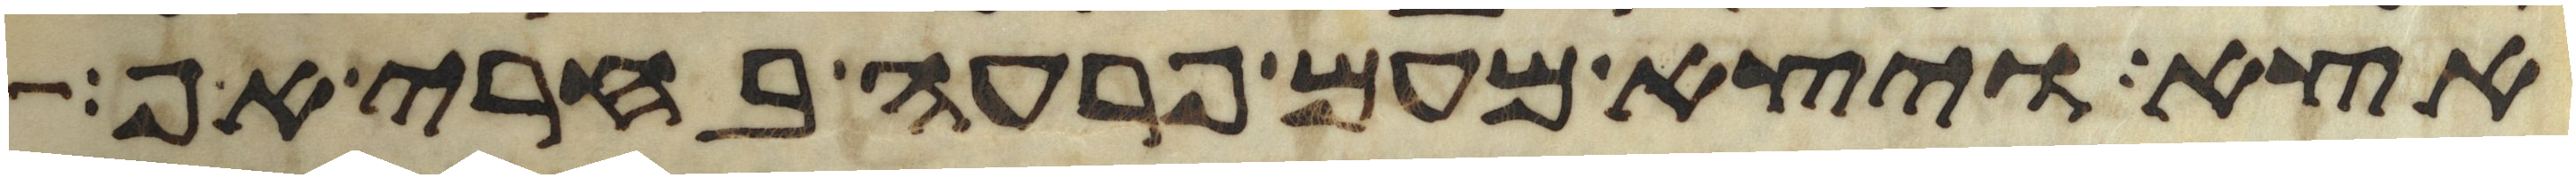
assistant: אצא ויצא מעם פרעה בחרי אף